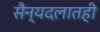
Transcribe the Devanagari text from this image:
सैन्यदलातही